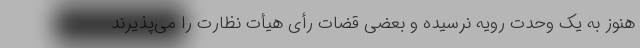
هنوز به یک وحدت رویه نرسیده و بعضی قضات رأی هیأت نظارت را می‌پذیرند